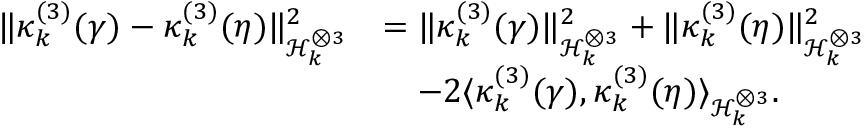
\begin{array} { r l } { \lVert \kappa _ { k } ^ { ( 3 ) } ( \gamma ) - \kappa _ { k } ^ { ( 3 ) } ( \eta ) \rVert _ { \mathcal { H } _ { k } ^ { \otimes 3 } } ^ { 2 } } & { = \lVert \kappa _ { k } ^ { ( 3 ) } ( \gamma ) \rVert _ { \mathcal { H } _ { k } ^ { \otimes 3 } } ^ { 2 } + \lVert \kappa _ { k } ^ { ( 3 ) } ( \eta ) \rVert _ { \mathcal { H } _ { k } ^ { \otimes 3 } } ^ { 2 } } \\ & { \quad - 2 \langle \kappa _ { k } ^ { ( 3 ) } ( \gamma ) , \kappa _ { k } ^ { ( 3 ) } ( \eta ) \rangle _ { \mathcal { H } _ { k } ^ { \otimes 3 } } . } \end{array}